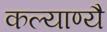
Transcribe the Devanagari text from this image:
कल्याण्यै